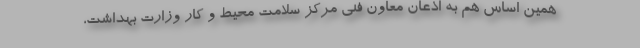
همین اساس هم به اذعان معاون فنی مرکز سلامت محیط و کار وزارت بهداشت،